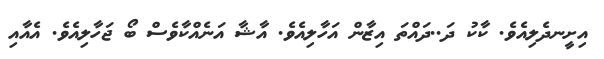
އިށީނދެލިއެވެ. ކާކު ދަ..ދައްތަ އިޒާން އަހާލިއެވެ. އާޝާ އަނެއްކާވެސް ބޯ ޖަހާލިއެވެ. އެއާއި